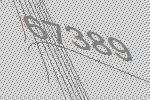
67389